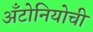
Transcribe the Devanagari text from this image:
अँटोनियोची